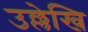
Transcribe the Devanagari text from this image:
उल्लेखि